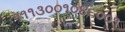
૧૧૧૩૦૦૧૦૪૬૦૦૧